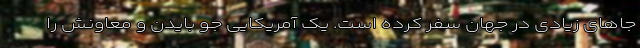
جاهای زیادی در جهان سفر کرده است. یک آمریکایی جو بایدن و معاونش را